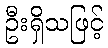
ဦးရှိသဖြင့်